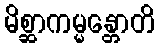
မိစ္ဆာကမ္မန္တောတိ